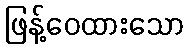
ဖြန့်ဝေထားသော